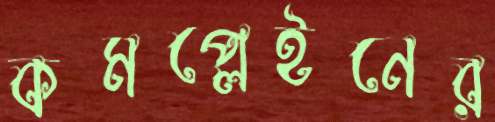
কমপ্লেইনের